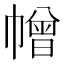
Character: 𢅋